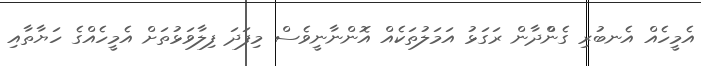
އެމީހެއް އެނބުރި ގެންްދާން ރަގަޅު އަމަލުތަކެއް އޮންނާނީވެސް މިފަދަ ފިލާވަޅުތަށް އެމީހެއްގެ ހަޔާތާއި